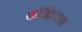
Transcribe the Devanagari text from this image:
काँक्रिटचा